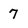
Character: 7